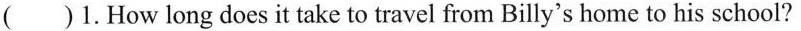
()1.How long does it take to travel from Billy's home to his school?